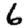
Digit: 6